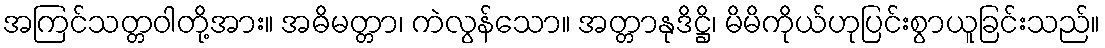
အကြင်သတ္တဝါတို့အား။ အဓိမတ္တာ၊ ကဲလွန်သော။ အတ္တာနုဒိဋ္ဌိ၊ မိမိကိုယ်ဟုပြင်းစွာယူခြင်းသည်။